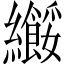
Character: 𫄑